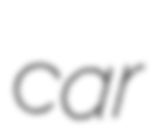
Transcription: car